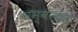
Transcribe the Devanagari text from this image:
नम्बरदार